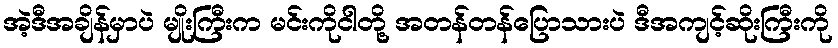
အဲ့ဒီအချိန်မှာပဲ မျိုးကြီးက မင်းကိုငါတို့ အတန်တန်ပြောသားပဲ ဒီအကျင့်ဆိုးကြီးကို